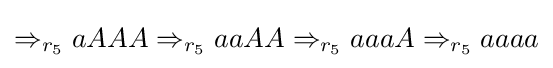
\Rightarrow _{r_{5}}aAAA\Rightarrow _{r_{5}}aaAA\Rightarrow _{r_{5}}aaaA\Rightarrow _{r_{5}}aaaa